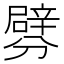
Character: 𨐯